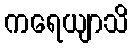
ကရေယျာသိ